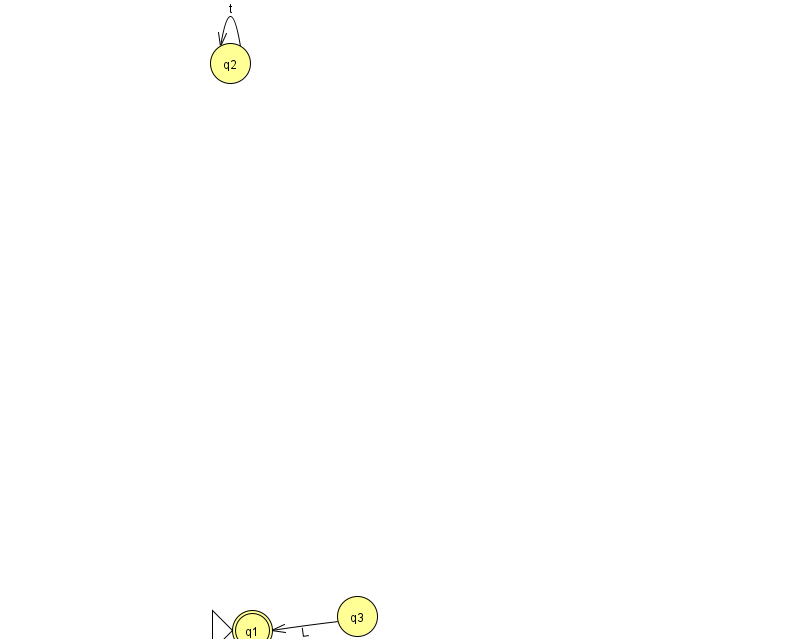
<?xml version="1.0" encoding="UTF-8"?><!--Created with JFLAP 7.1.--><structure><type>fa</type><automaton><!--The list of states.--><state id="1" name="q1"><x>252.0</x><y>617.0</y><initial/><final/></state><state id="2" name="q2"><x>230.0</x><y>50.0</y></state><state id="3" name="q3"><x>357.0</x><y>603.0</y></state><!--The list of transitions.--><transition><from>2</from><to>2</to><read>t</read></transition><transition><from>3</from><to>1</to><read>L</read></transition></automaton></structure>